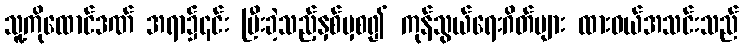
သူ့ကိုထောင်ဒဏ် အရာ၌၎င်း ပြီးခဲ့သည့်နှစ်မှစ၍ ကုန်သွယ်ရေးဂိတ်များ ထားဝယ်အသင်းသည်